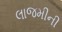
લાજમીની